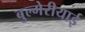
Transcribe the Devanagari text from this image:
बुल्गेरीयाई